Annual administration and progress report of the Indian Medical Department, Bombay
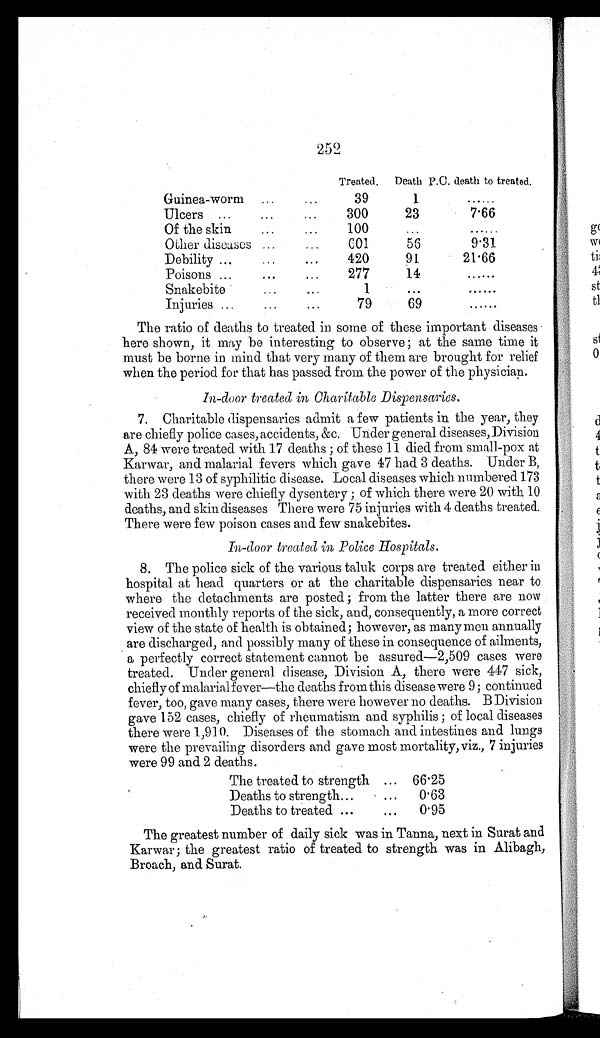
252
Treated.
Death P.C. death to treated.
Guinea-worm . . .
39
1
. . .
Ulcers . . .
300
23
7.66
Of the skin . . .
1 0 0
. . .
. . .
Other diseases . . .
601
56
9.31
Debility . . .
420
91
21.66
Poisons . . .
277
14
. . .
Snakebite . . .
1
. . .
. . .
Injuries . . .
79
69
. . .
The ratio of deaths to treated in some of these important diseases
here shown, it may be interesting to observe; at the same time it
must be borne in mind that very many of them are brought for relief
when the period for that has passed from the power of the physician.
In-door treated in Charitable Dispensaries.
7. Charitable dispensaries admit a few patients in the year, they
are chiefly police cases, accidents, &c, Under general diseases, Division
A, 84 were treated with 17 deaths; of these 11 died from small-pox at
Karwar, and malarial fevers which gave 47 had 3 deaths. Under B,
there were 13 of syphilitic disease. Local diseases which numbered 173
with 23 deaths were chiefly dysentery; of which there were 20 with 10
deaths, and skin diseases There were 75 injuries with 4 deaths treated.
There were few poison cases and few snakebites.
In-door treated in Police Hospitals.
8. The police sick of the various taluk corps are treated either in
hospital at head quarters or at the charitable dispensaries near to
where the detachments are posted; from the latter there are now
received monthly reports of the sick, and, consequently, a more correct
view of the state of health is obtained; however, as many men annually
are discharged, and possibly many of these in consequence of ailments,
a perfectly correct statement cannot be assured—2,509 cases were
treated. Under general disease, Division A, there were 447 sick,
chiefly of malarial fever—the deaths from this disease were 9; continued
fever, too, gave many cases, there were however no deaths. B Division
gave 152 cases, chiefly of rheumatism and syphilis; of local diseases
there were 1,910. Diseases of the stomach and intestines and lungs
were the prevailing disorders and gave most mortality, viz., 7 injuries
were 99 and 2 deaths.
The treated to strength . . .
66.25
Deaths to strength . . .
0.63
Deaths to treated . . .
0.95
The greatest number of daily sick was in Tanna, next in Surat and
Karwar; the greatest ratio of treated to strength was in Alibagh,
Broach, and Surat.